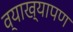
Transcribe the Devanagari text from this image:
व्याख्यापण